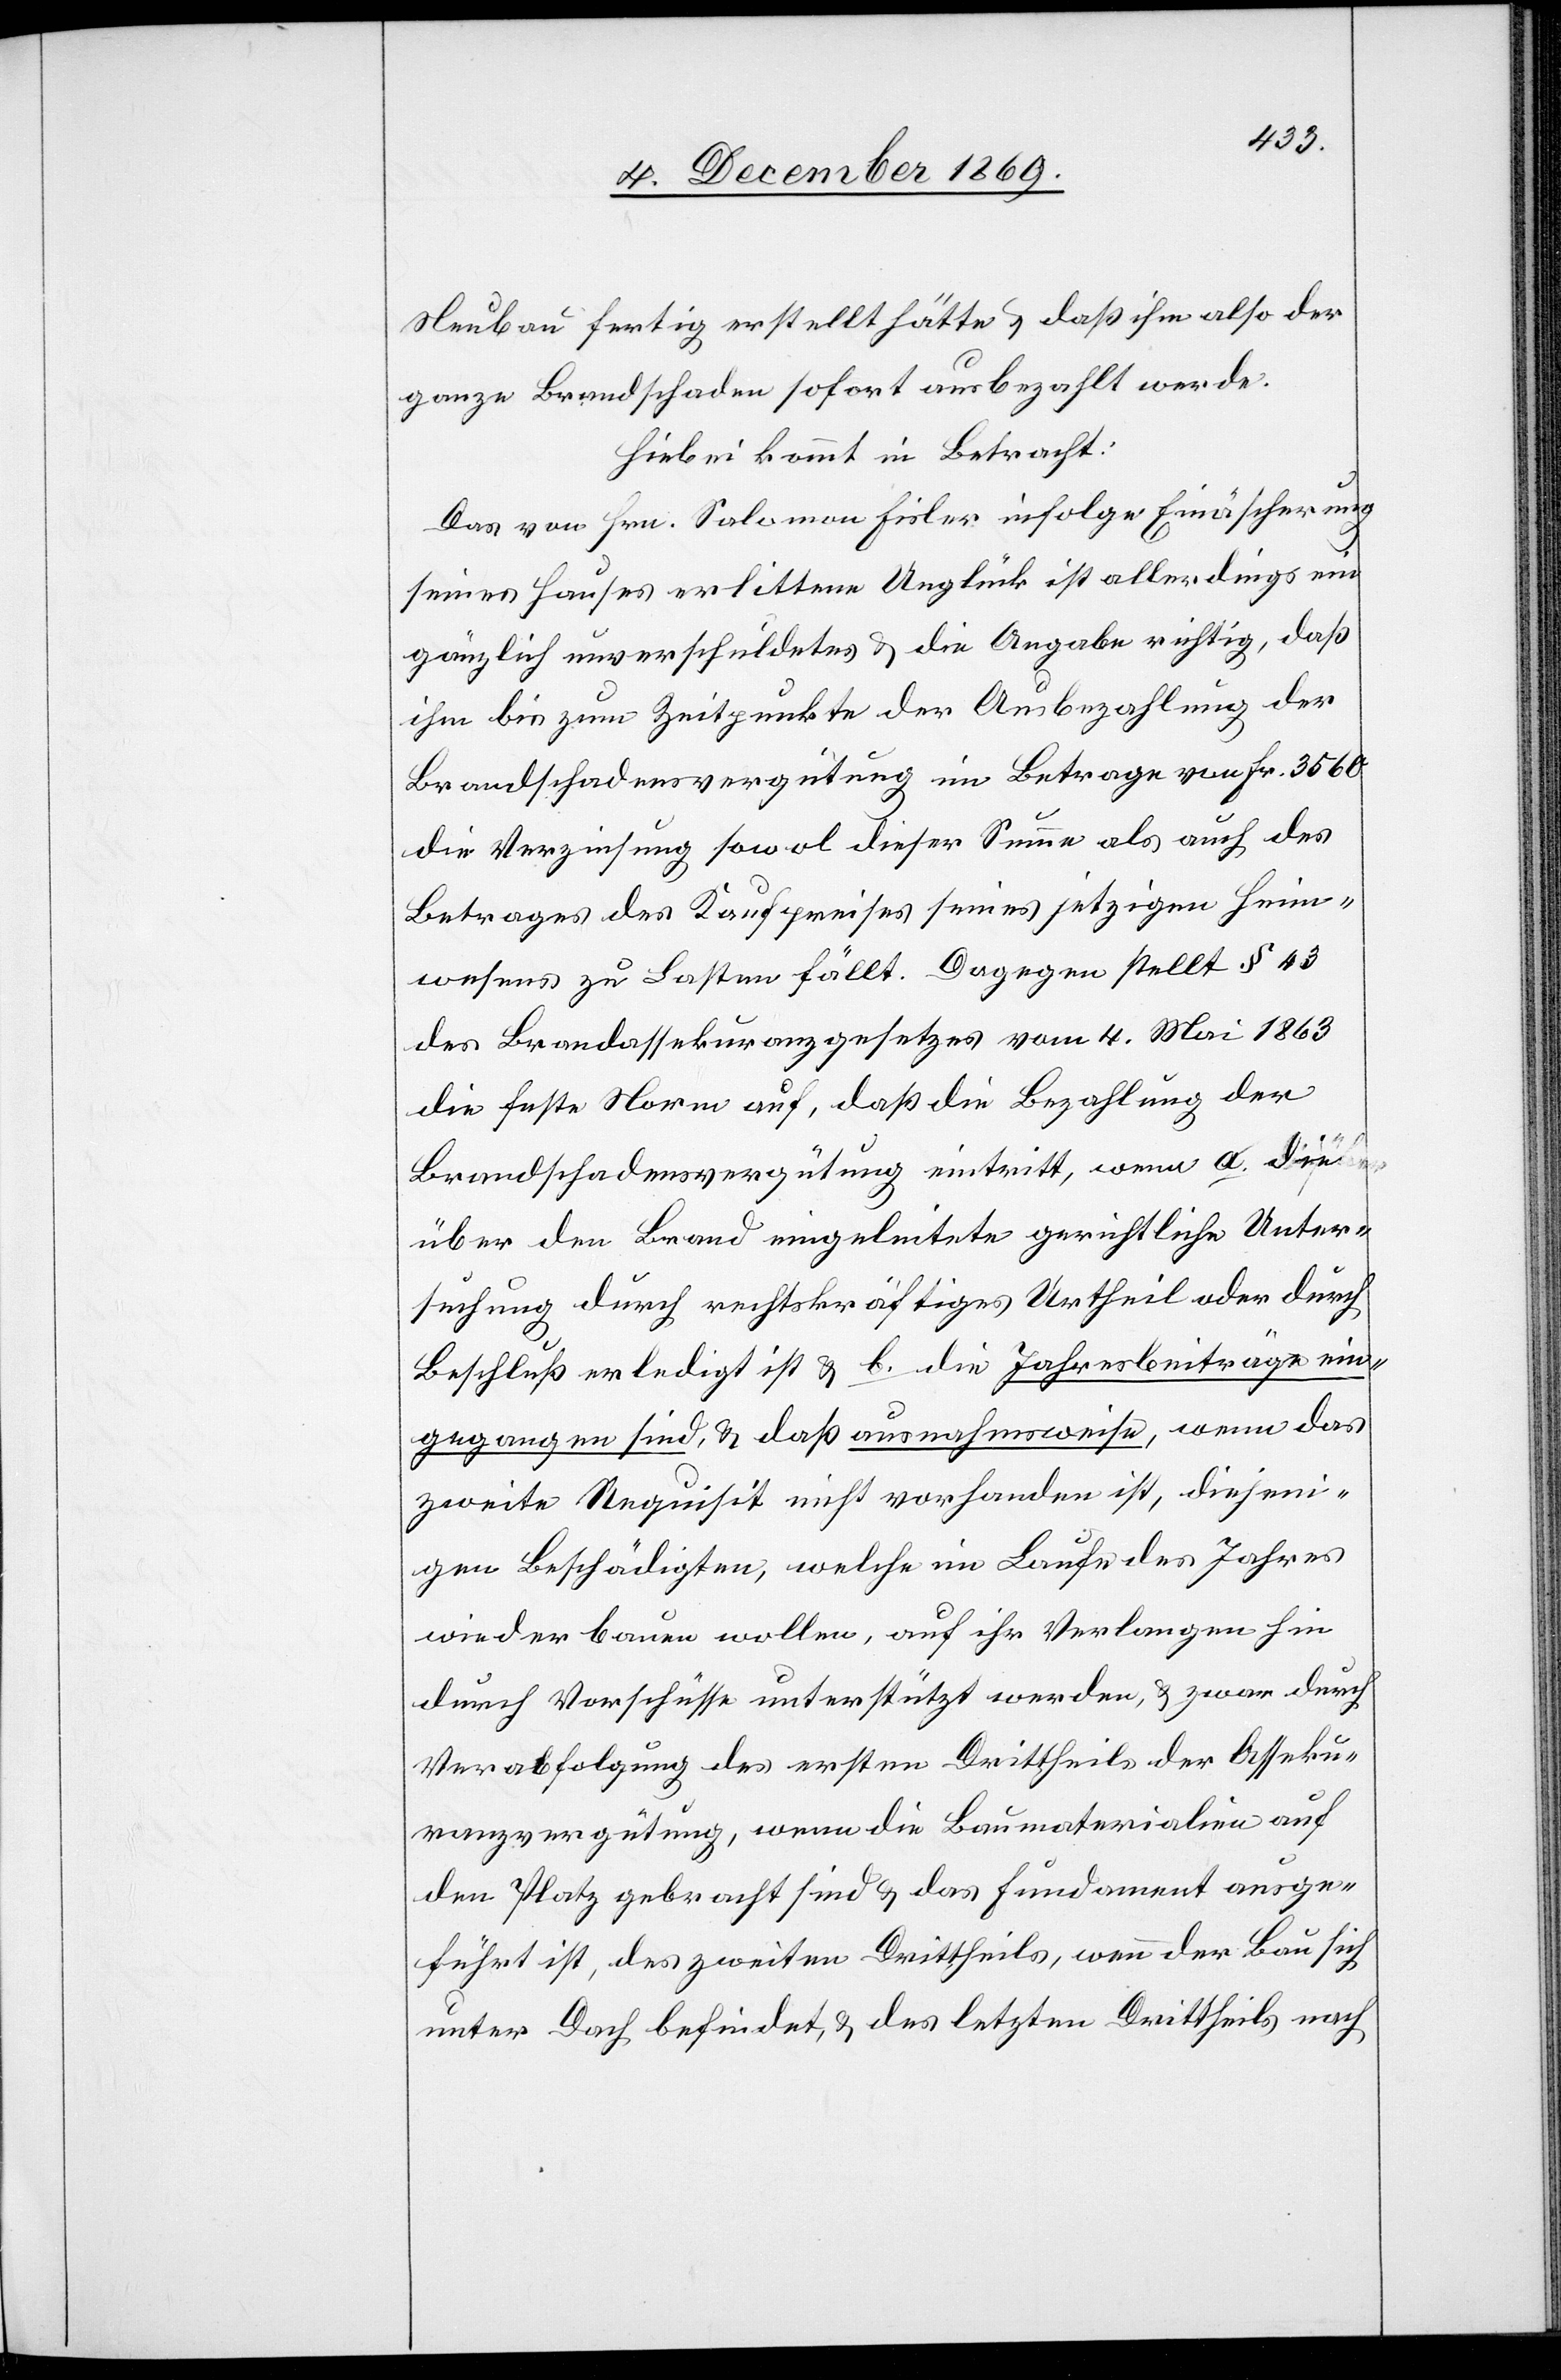
Neubau fertig erstellt hätte & daß ihm also der
ganze Brandschaden sofort ausbezahlt werde.
Hiebei kommt in Betracht:
Das von Hrn. Salomon Fisler infolge Einäscherung
seines Hauses erlittene Unglück ist allerdings ein
gänzlich unverschuldetes & die Angabe richtig, daß
ihm bis zum Zeitpunkte der Ausbezahlung der
Brandschadensvergütung im Betrage von Fr. 3560
die Verzinsung sowol dieser Summe als auch des
Betrages des Kaufpreises seines jetzigen Heim¬
wesens zu Lasten fällt. Dagegen stellt § 43
des Brandassekuranzgesetzes vom 4. Mai 1863
die feste Norm auf, daß die Bezahlung der
Brandschadensvergütung eintritt, wenn a. die
über den Brand eingeleitete gerichtliche Unter¬
suchung durch rechtskräftiges Urtheil oder durch
Beschluß erledigt ist & b. die Jahresbeiträge ein¬
gegangen sind, & daß ausnahmsweise, wenn das
zweite Requisit nicht vorhanden ist, diejeni¬
gen Beschädigten, welche im Laufe des Jahres
wieder bauen wollen, auf ihr Verlangen hin
durch Vorschüsse unterstützt werden, & zwar durch
Verabfolgung des ersten Drittheils der Asseku¬
ranzvergütung, wenn die Baumaterialien auf
den Platz gebracht sind & das Fundament ausge¬
führt ist, des zweiten Drittheils, wenn der Bau sich
unter Dach befindet, & des letzten Drittheils nach